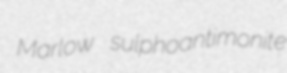
Marlow sulphoantimonite